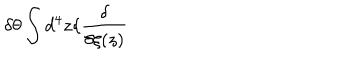
\delta \theta \int d ^ { 4 } z \{ \frac { \delta } { \delta \xi ( z ) }